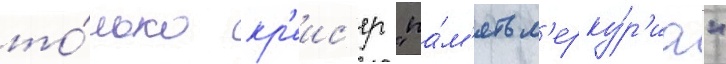
то́лько кр'еис'ер "па́м'ять м'ерку́р'иа"